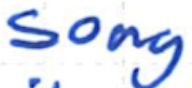
Text: song
Cross-out: clean
Writing tool: ballpoint